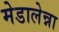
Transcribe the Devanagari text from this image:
मेडालेन्ना